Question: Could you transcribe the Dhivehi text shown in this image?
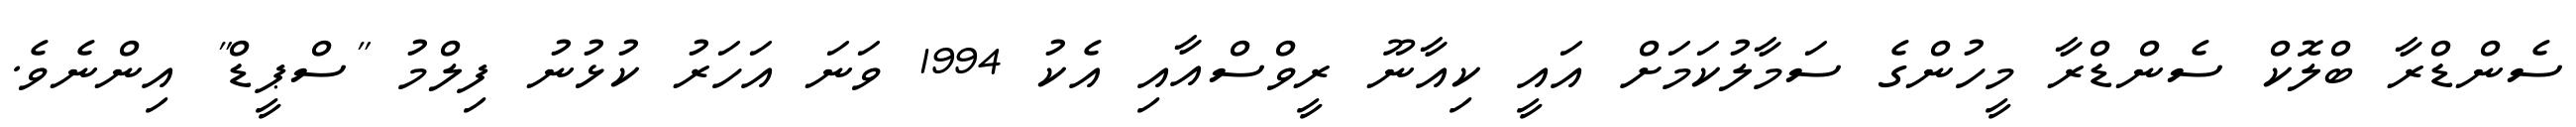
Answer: ސެންޑްރާ ބްލޮކް ސެންޑްރާ މީހުންގެ ސަމާލުކަމަށް އައީ ކިއާނޫ ރީވްސްއާއި އެކު 1994 ވަނަ އަހަރު ކުޅުނު ފިލްމު "ސްޕީޑް" އިންނެވެ.